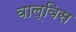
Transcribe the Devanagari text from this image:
वाल्विस